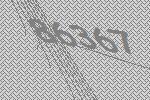
86367